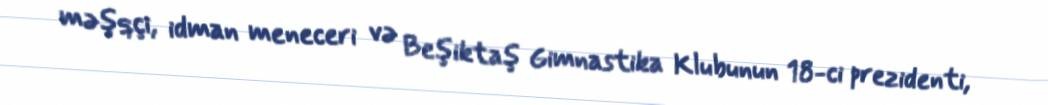
məşqçi, idman meneceri və Beşiktaş Gimnastika Klubunun 18-ci prezidenti,